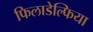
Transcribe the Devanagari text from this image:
फिलाडेल्‍फिया